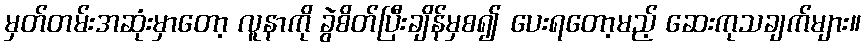
မှတ်တမ်းအဆုံးမှာတော့ လူနာကို ခွဲစိတ်ပြီးချိန်မှစ၍ ပေးရတော့မည့် ဆေးကုသချက်များ။